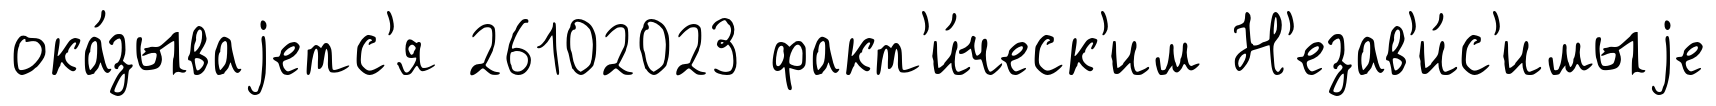
ока́зываjетс'я 26102023 факт'и́ческ'им Н'езав'и́с'имыjе